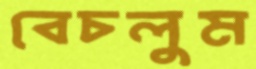
বেচলুম